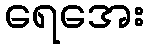
ရေအေး